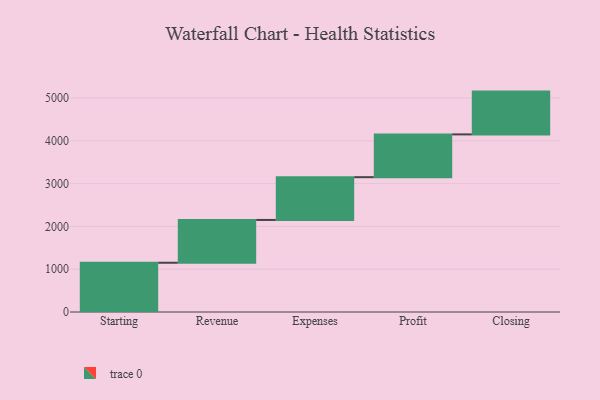
{"axis": {"x": "Step", "y": "Value"}, "legend": [""], "data": [{"x": "Starting", "y": 1151.0, "type": ""}, {"x": "Revenue", "y": 1000, "type": ""}, {"x": "Expenses", "y": 1000, "type": ""}, {"x": "Profit", "y": 1000, "type": ""}, {"x": "Closing", "y": 1000, "type": ""}]}